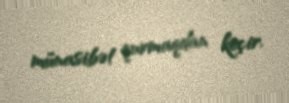
münasibət qurmaqdan keçir.